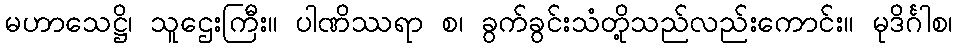
မဟာသေဋ္ဌိ၊ သူဌေးကြီး။ ပါဏိဿရာ စ၊ ခွက်ခွင်းသံတို့သည်လည်းကောင်း။ မုဒိင်္ဂါစ၊